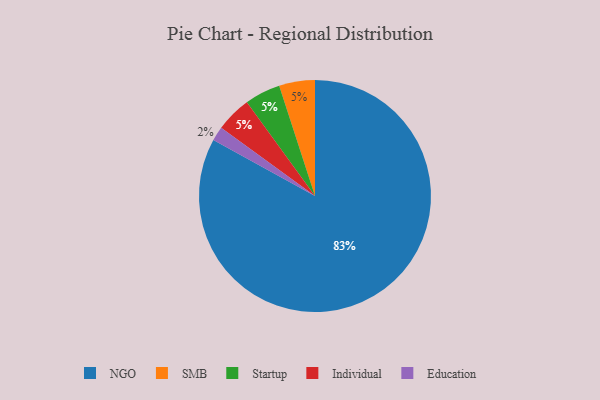
{"axis": {"x": "Category", "y": "Percentage"}, "legend": ["Education", "Individual", "NGO", "SMB", "Startup"], "data": [{"x": "SMB", "y": 5, "type": "SMB"}, {"x": "Education", "y": 2, "type": "Education"}, {"x": "Startup", "y": 5, "type": "Startup"}, {"x": "NGO", "y": 83, "type": "NGO"}, {"x": "Individual", "y": 5, "type": "Individual"}]}